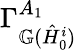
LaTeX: \Gamma_{\mathbb{G}(\hat{H}_{0}^{i})}^{A_{1}}